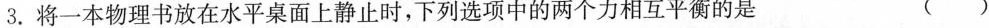
3.将一本物理书放在水平桌面上静止时，下列选项中的两个力相互平衡的是 ()